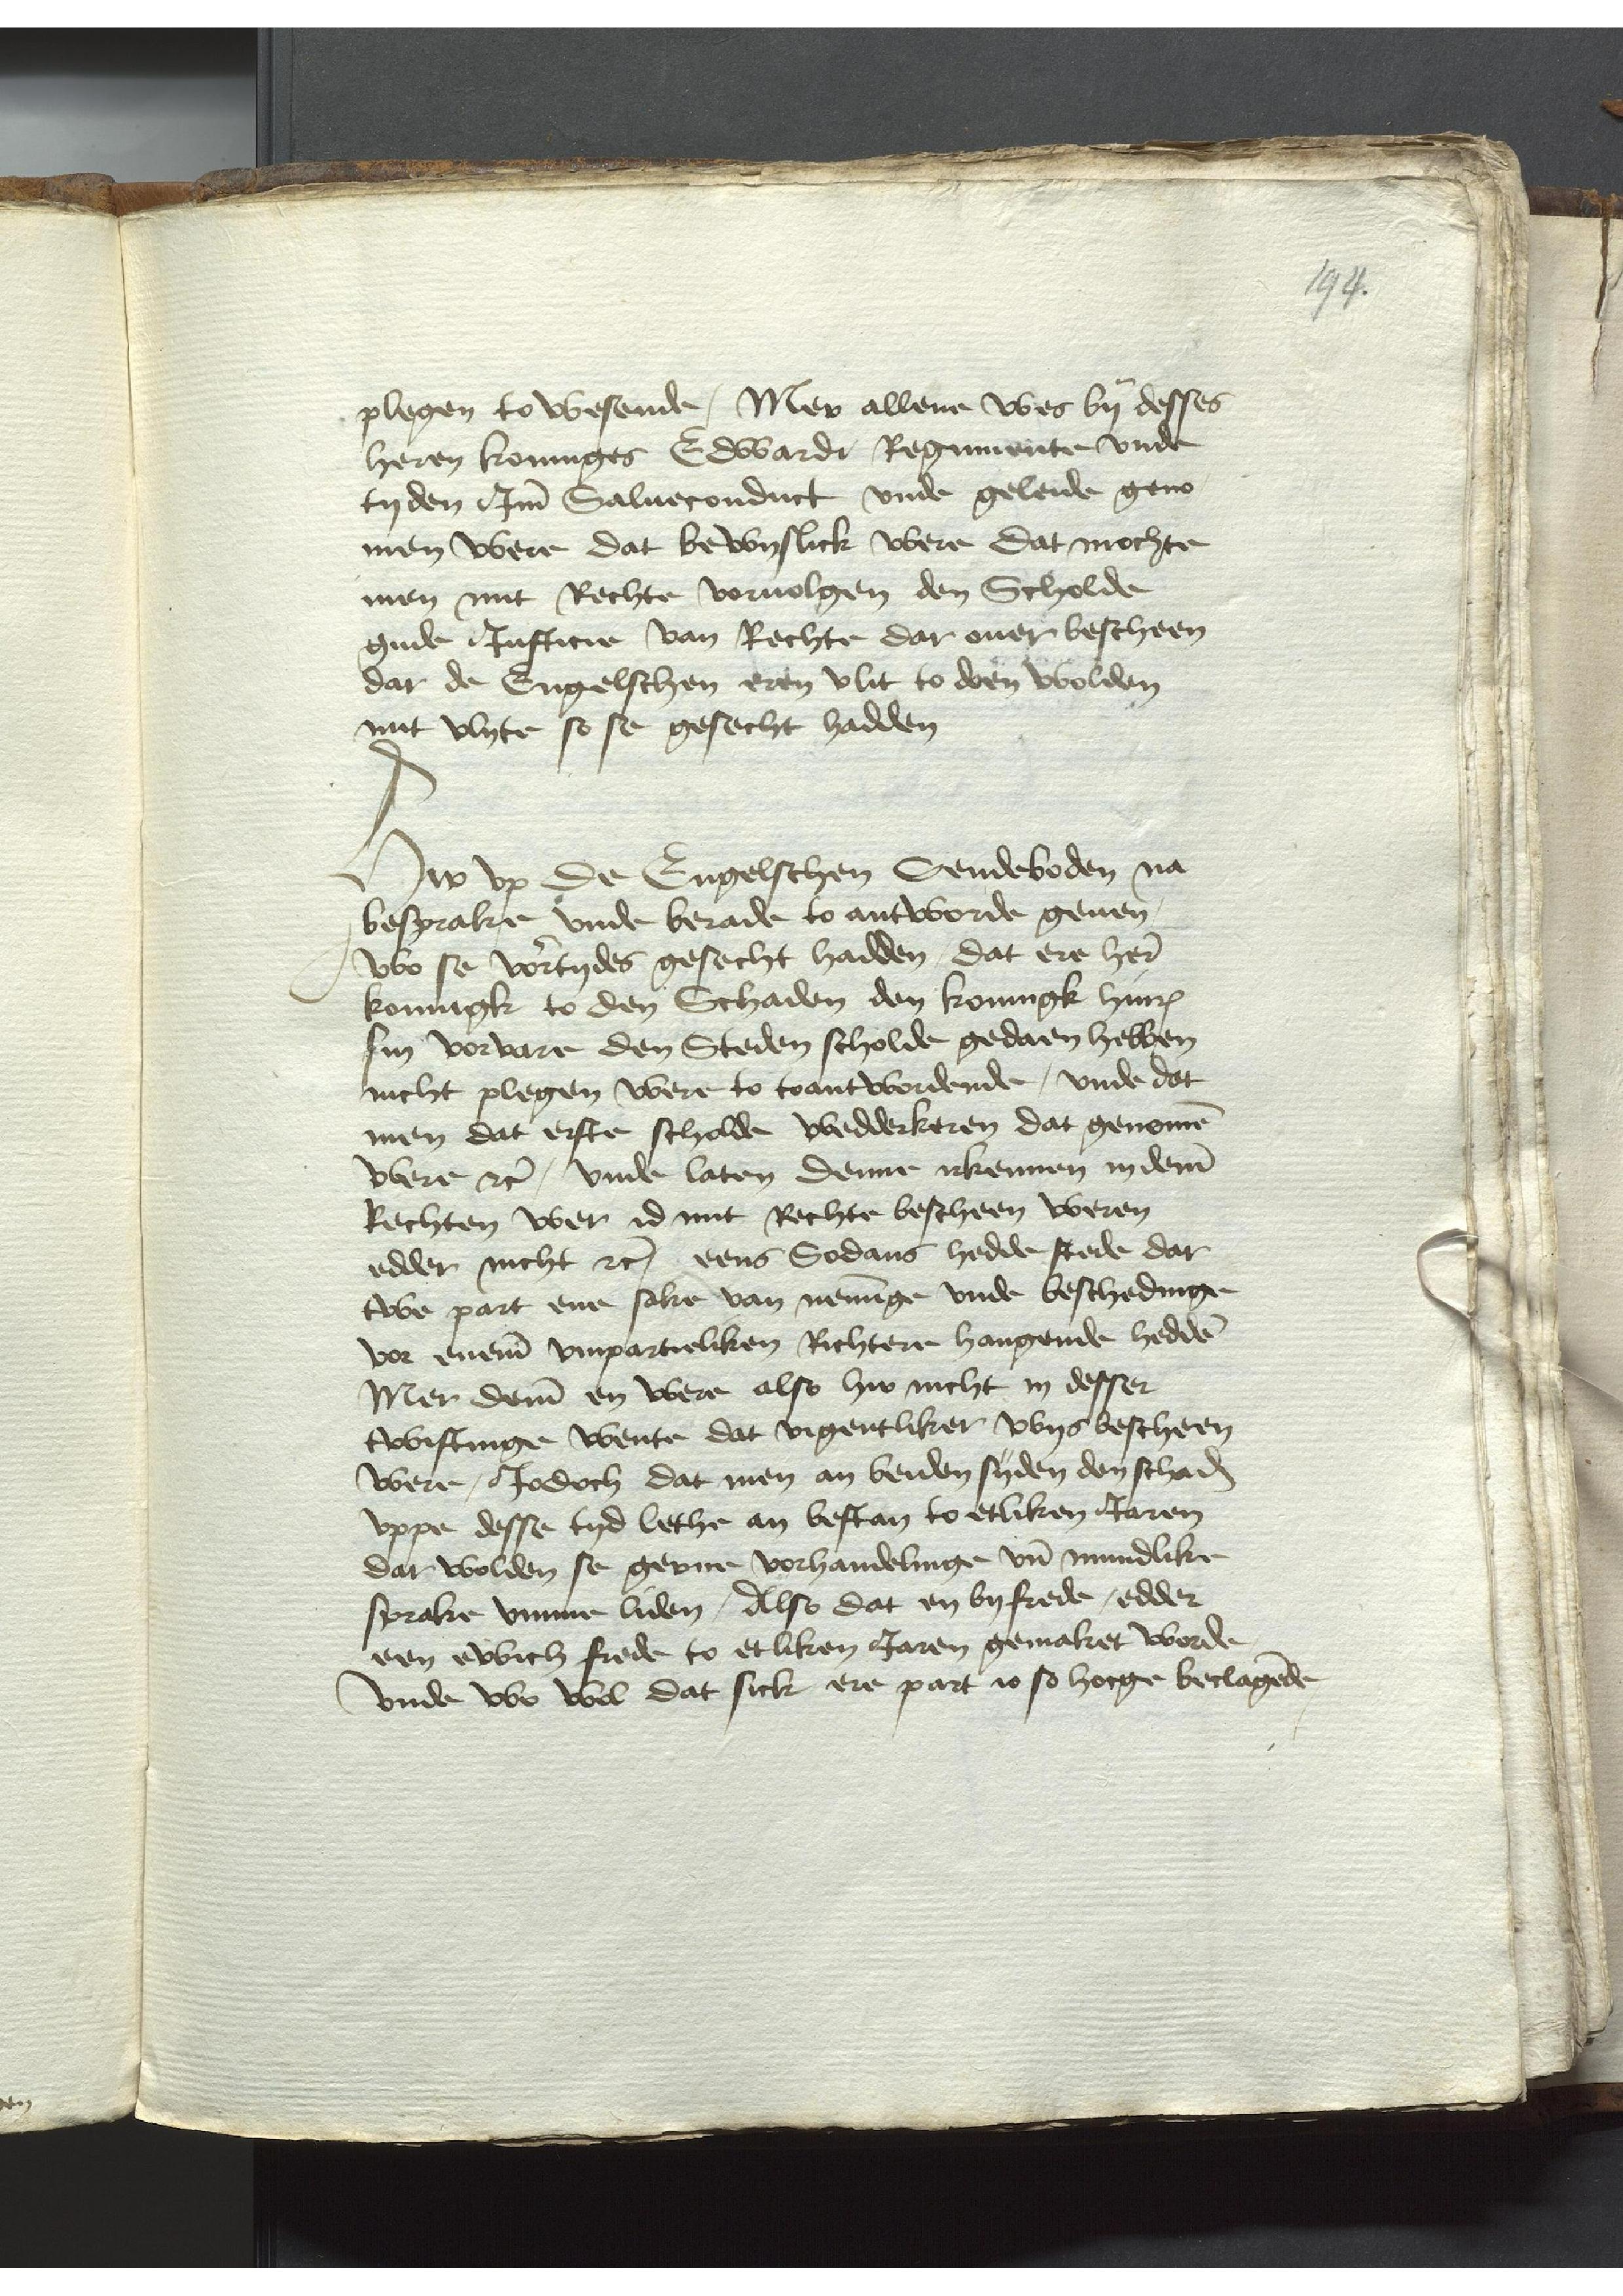
plegen to wesende, Mer allene wes by desses
heren koninges Edwardt Regimente vnde
tyden Im Saluecondirt vnde geleide geno¬
men were dat bewyslick were dat mochte
men mit Rechte voruolgen den Scholde
gude Justicie van Rechte dar ouer bescheen
dar de Engelschen eren vlit to doen wolden
mit vlyte so se gesecht hadden

Hir vp de Engelschen Sendeboden na
besprake vnde berade to antworde geuen,
wo se vortydes gesecht hadden, dat ere here
koningk to den Schaden den koningk Hinrick
sin vorvare den Steden scholde gedaen hebben
nicht plegen were to toantwordende, vnde dat
men dat erste scholde wedderkeren dat genomen
were etc, vnde laten denne irkennen in deme
Rechten wer id mit Rechte bescheen weren
edder nicht etc, eens Sodans hedde stede dar
twe part ene sake van neminge vnde beschedinge
vor eneme vmpartieliken Richtere hangende hedden
Mer deme en were also hir nicht in desser
twistinge wente dat vigentliker wys bescheen
were, Jodoch dat men an beiden sijden den schaden
vppe desse tyd lethe an bestan to etliken Jaren
dar wolden se gerne vorhandelinge vnde mundlike
sprake vmme liden, Also dat en by frede, edder
een ewich frede to etliken Jaren gemaket worde
vnde wo wol dat sick ere part io so hoege beclagende